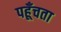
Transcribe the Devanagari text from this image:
पहूँचता